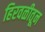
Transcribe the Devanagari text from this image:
हिरवळीतून